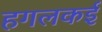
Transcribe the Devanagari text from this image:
हगलकई